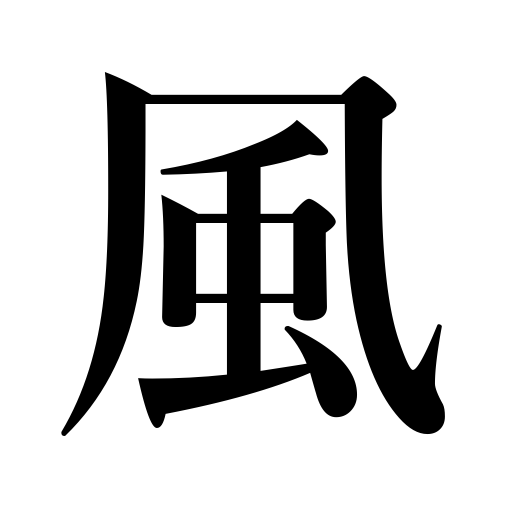
Meanings: tone,tendency,manner,way,style,wind,manners,deportment,air,trend,condition,state,custom,fashion,look,draft,mien,a cold,bearing,disposition,type,kind,breeze,current of air,storm,turn of mind,vein,appearance